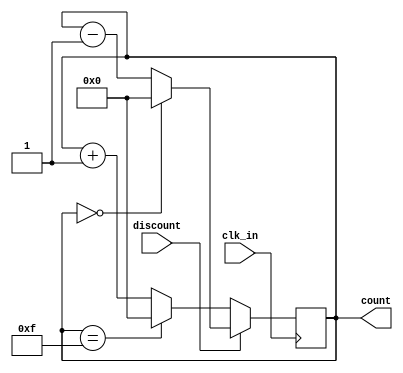
`timescale 1ns / 1ps
//////////////////////////////////////////////////////////////////////////////////
// Company: PUC
//
// Design Name: queue counter
// Module Name: queue_count
// Project Name: StopLight
// Target Devices: Basys 3
// Tool Versions:
// Description: counter to set number of cars waiting on the stoplight
//
// Dependencies:
//
// Revision:
// Revision 0.01 - File Created
// Additional Comments: *CONVENCION DE ARREGLOS: [LARGO - 1:0]*
//
//////////////////////////////////////////////////////////////////////////////////


module queue_count(
    input clk_in,
    input discount,
    output reg [3:0] count
    );
    //reg[3:0] count = 0;  // Variable auxiliar que lleva la cuenta
    always @(posedge clk_in)
        begin
        count <= (discount==1)? (count == 0)? 0: count - 1: (count == 15)? 0: count + 1; // Si la seal discount se encuentra activa y es 0 se mantiene en 0, de no ser asi descuenta y en caso de no estar activa discount la cuenta incrementa
        end
    //assign count_out = count; // Asigna el valor del contador a la variable de salida
endmodule